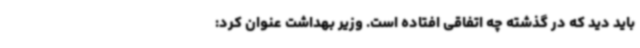
باید دید که در گذشته چه اتفاقی افتاده است. وزیر بهداشت عنوان کرد: